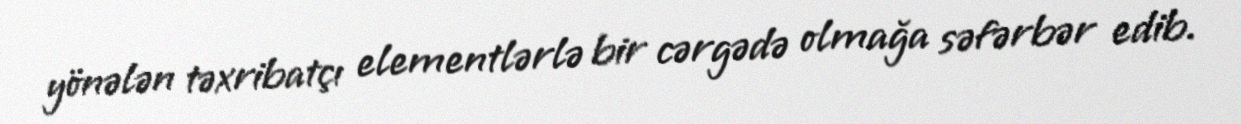
yönələn təxribatçı elementlərlə bir cərgədə olmağa səfərbər edib.